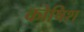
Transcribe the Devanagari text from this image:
कोषिश